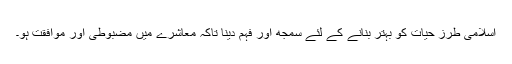
اسلامی طرز حیات کو بہتر بنانے کے لئے سمجھ اور فہم دینا تاکہ معاشرے میں مضبوطی اور موافقت ہو۔